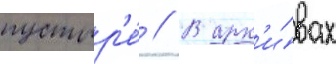
пустыр'е́ // В арх'и́вах